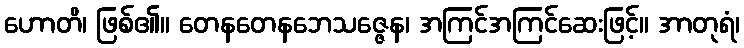
ဟောတိ၊ ဖြစ်၏။ တေနတေနဘေသဇ္ဇေန၊ အကြင်အကြင်ဆေးဖြင့်။ အာတုရံ၊